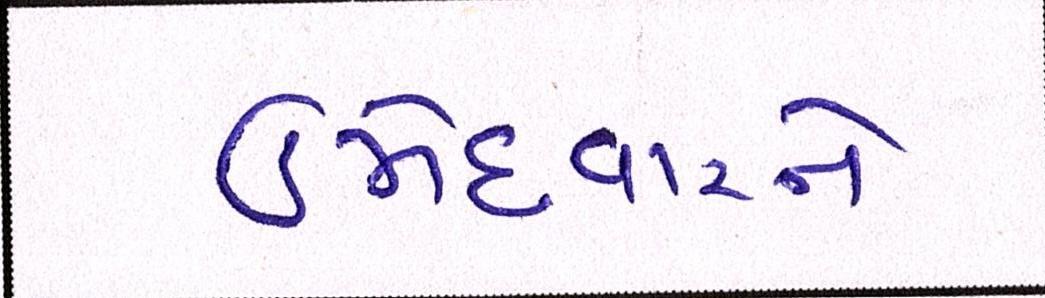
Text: ઉમેદવારને